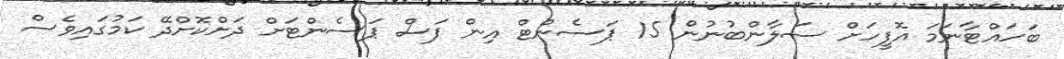
ބަހައްޓާނަމަ އޮފީހަށް ސަލާންބުނުން 15 ޕަސެންޓް އިން ފަސް ޕަސެންޓަށް ދަށްކޮށްދޭ ކަމުގައިވެސް